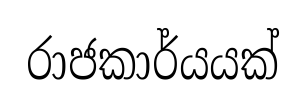
රාජකාර්යයක්